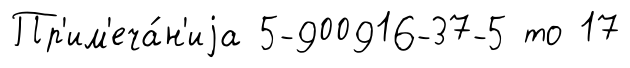
Пр'им'еча́н'иjа 5-900916-37-5 то 17